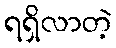
ရရှိလာတဲ့